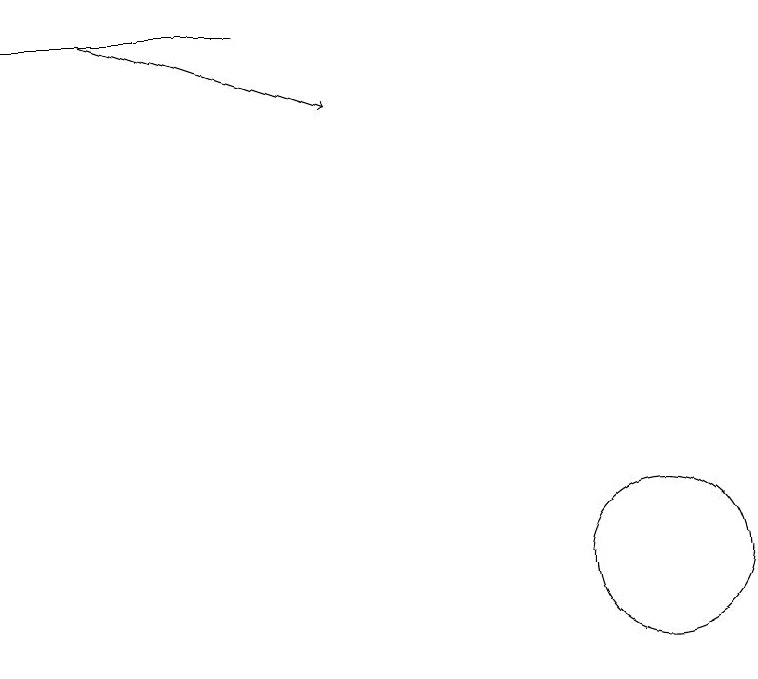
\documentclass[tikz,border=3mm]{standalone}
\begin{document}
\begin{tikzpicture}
\draw[->] (3,18) -- (6,17);
\draw (2,18) rectangle (5,18);
\draw (10,11) circle (1);
\draw (11,12) circle (0);
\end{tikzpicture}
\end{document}